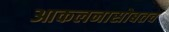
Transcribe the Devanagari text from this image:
आकलनासोबतच